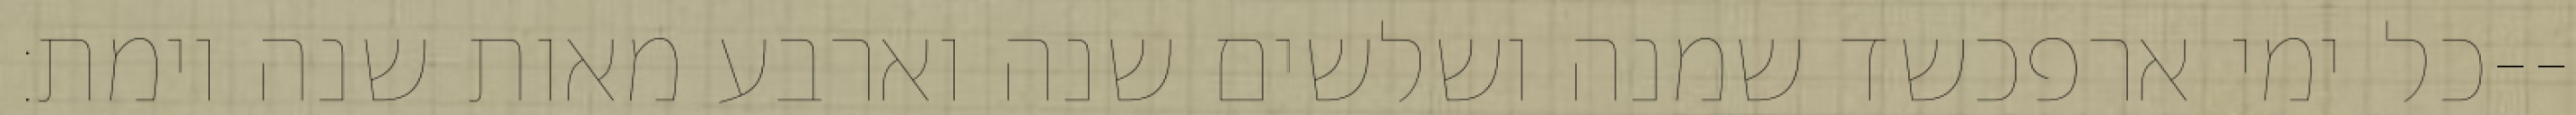
כל ימי ארפכשד שמנה ושלשים שנה וארבע מאות שנה וימת׃--